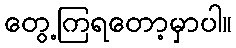
တွေ့ကြရတော့မှာပါ။